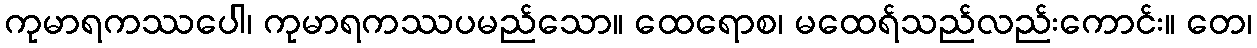
ကုမာရကဿပေါ၊ ကုမာရကဿပမည်သော။ ထေရောစ၊ မထေရ်သည်လည်းကောင်း။ တေ၊